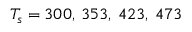
T _ { s } = 3 0 0 , { \: } 3 5 3 , { \: } 4 2 3 , { \: } 4 7 3 { \: }